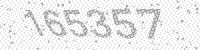
Solution: 165357